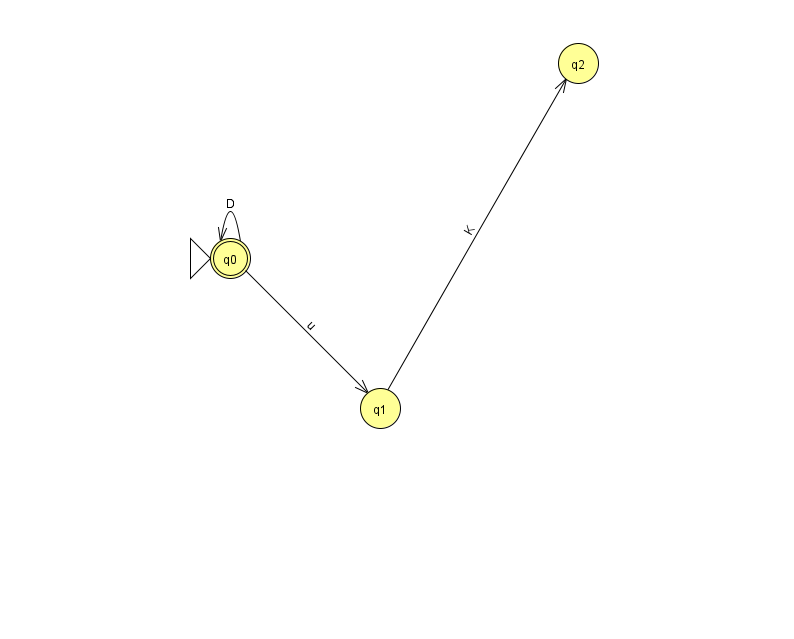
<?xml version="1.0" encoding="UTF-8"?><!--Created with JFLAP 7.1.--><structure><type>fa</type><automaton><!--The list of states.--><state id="0" name="q0"><x>230.0</x><y>245.0</y><initial/><final/></state><state id="1" name="q1"><x>380.0</x><y>395.0</y></state><state id="2" name="q2"><x>578.0</x><y>50.0</y></state><!--The list of transitions.--><transition><from>0</from><to>0</to><read>D</read></transition><transition><from>0</from><to>1</to><read>u</read></transition><transition><from>1</from><to>2</to><read>K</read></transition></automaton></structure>